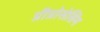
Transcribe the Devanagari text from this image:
प्रीप्रोसेसिंग